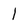
Character: 1